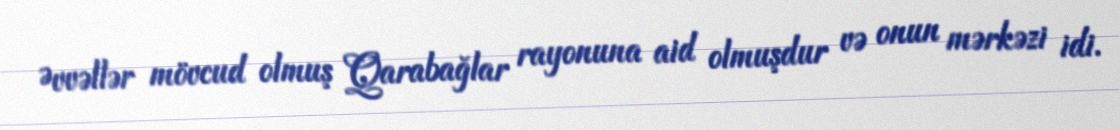
Əvvəllər mövcud olmuş Qarabağlar rayonuna aid olmuşdur və onun mərkəzi idi.